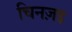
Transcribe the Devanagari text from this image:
चिनज़इ